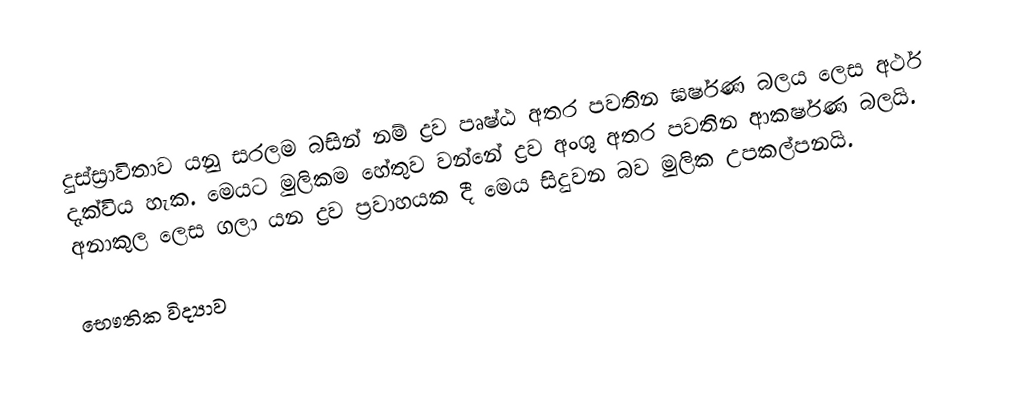
දුස්ස්‍රාවිතාව යනු සරලම බසින් නම් ද්‍රව පෘෂ්ඨ අතර පවතින ඝර්ෂණ බලය ලෙස අර්ථ දැක්විය හැක. මෙයට මුලිකම හේතුව වන්නේ ද්‍රව අංශු අතර පවතින ආකර්ෂණ බලයි.  අනාකුල ලෙස ගලා යන ද්‍රව ප්‍රවාහයක දී මෙය සිදුවන බව මුලික උපකල්පනයි.

භෞතික විද්‍යාව